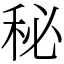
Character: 秘